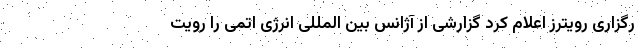
رگزاری رویترز اعلام کرد گزارشی از آژانس بین المللی انرژی اتمی را رویت